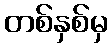
တစ်နှစ်မှ